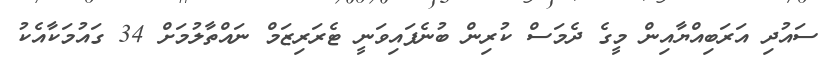
ސައުދި އަރަބިއްޔާއިން މީގެ ދެމަސް ކުރިން ބުނެފައިވަނީ ޓެރަރިޒަމް ނައްތާލުމަށް 34 ގައުމަކާއެކު